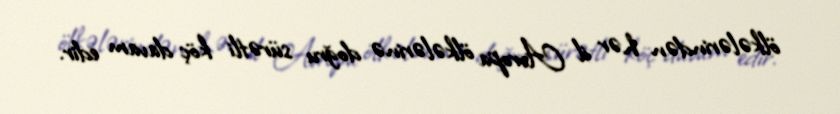
ölkələrindən hər il Avropa ölkələrinə doğru sürətli köç davam edir.